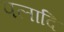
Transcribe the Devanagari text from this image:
पलादि